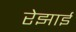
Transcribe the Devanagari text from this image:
रेझाई